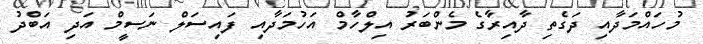
މުހައްމަދާއި ދަގެތި ދާއިރާގެ މެންބަރު އިލްހާމް އަހުމަދާއި ފައިސަލް ނަސީމް އަދި އަބްދު